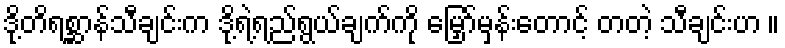
ဒို့တိရစ္ဆာန်သီချင်းက ဒို့ရဲ့ရည်ရွယ်ချက်ကို မြှော်မှန်းတောင့် တတဲ့ သီချင်းဟ ။